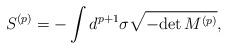
LaTeX: \begin{align*}S^{(p)} = - \int d^{p+1} \sigma \sqrt{- {\rm det}\, M^{(p)}},\end{align*}